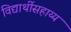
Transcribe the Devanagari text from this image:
विद्यार्थीसहाय्य